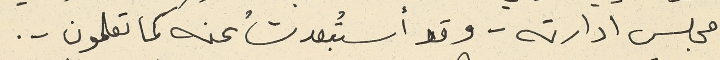
مجلس ادارته - وقد أستُبعدتُ عنه كما تعلمون -